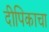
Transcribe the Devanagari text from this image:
दीपिकाचा